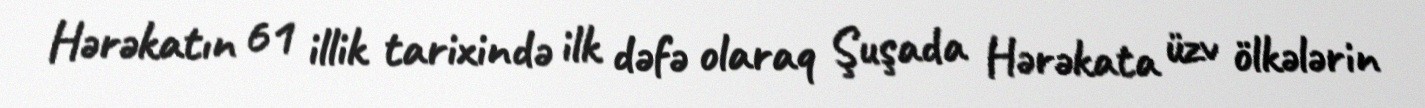
Hərəkatın 61 illik tarixində ilk dəfə olaraq Şuşada Hərəkata üzv ölkələrin